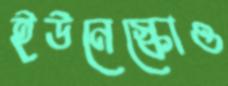
ইউনেস্কোও